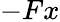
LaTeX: -Fx